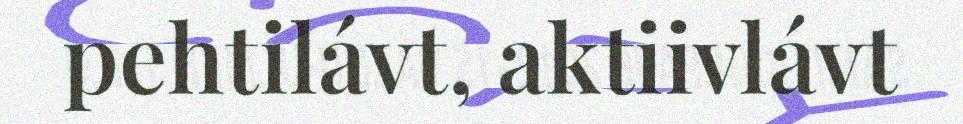
pehtilávt, aktiivlávt